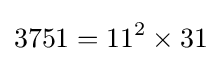
3751=11^{2}\times 31